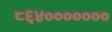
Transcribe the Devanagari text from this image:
८६४०००००००